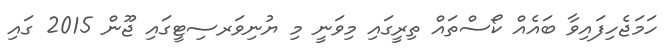
ހަމަޖެހިފައިވާ ބައެއް ކޯސްތައް ތިރީގައި މިވަނީ މި ޔުނިވަރސިޓީގައި ޖޫން 2015 ގައި